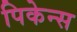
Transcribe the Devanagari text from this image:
पिकेन्स